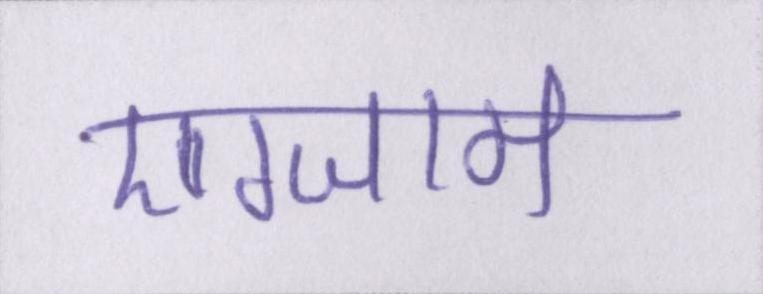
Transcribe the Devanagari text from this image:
एग्जाम